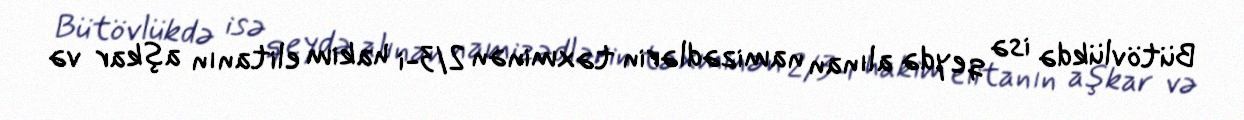
Bütövlükdə isə qeydə alınan namizədlərin təxminən 2/3-i hakim elitanın aşkar və